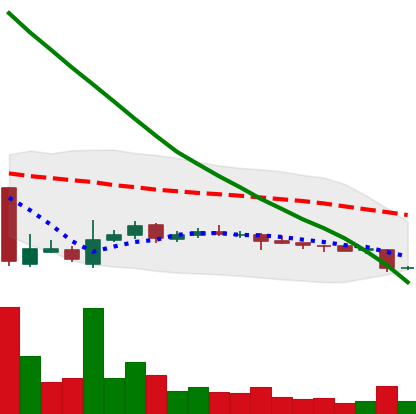
Ticker: ADA-USD
Chart end date: 2018-10-30
Forward return: 9.45%
Label: up_7plus